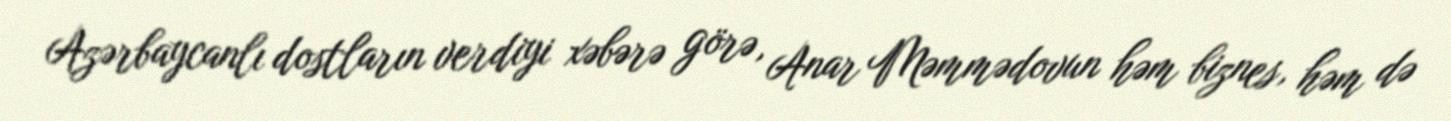
Azərbaycanlı dostların verdiyi xəbərə görə, Anar Məmmədovun həm biznes, həm də